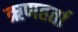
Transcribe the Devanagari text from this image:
ऋणहर्ता